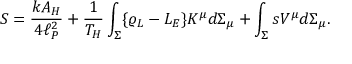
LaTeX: S = { \frac { k A _ { H } } { 4 \ell _ { P } ^ { 2 } } } + { \frac { 1 } { T _ { H } } } \int _ { \Sigma } \{ \varrho _ { L } - { \cal L } _ { E } \} K ^ { \mu } d \Sigma _ { \mu } + \int _ { \Sigma } s V ^ { \mu } d \Sigma _ { \mu } .